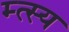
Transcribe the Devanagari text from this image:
म्त्स्य